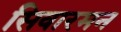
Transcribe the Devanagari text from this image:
सिवारमन